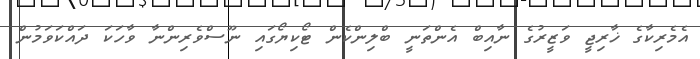
އެމެރިކާގެ ޚާރިޖީ ވަޒީރުގެ ނާއިބް އެންތަނީ ބްލިންކެން ޓޯކިޔޯގައި ނޫސްވެރިންނާ ވާހަކަ ދައްކަވަމުން